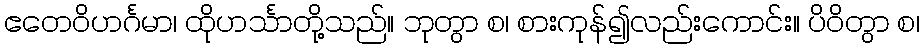
ဧတေဝိဟင်္ဂမာ၊ ထိုဟင်္သာတို့သည်။ ဘုတွာ စ၊ စားကုန်၍လည်းကောင်း။ ပိဝိတွာ စ၊